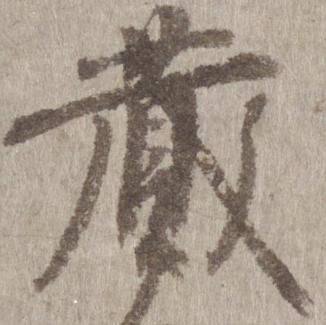
蔵